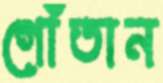
গোঁতান